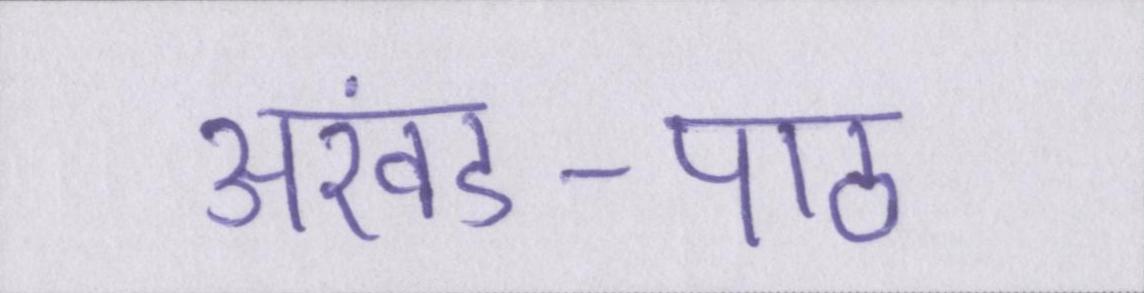
अखंड-पाठ